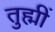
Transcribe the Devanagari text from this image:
तुह्मीं